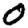
Digit: 0